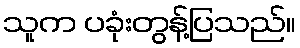
သူက ပခုံးတွန့်ပြသည်။